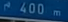
400 m